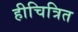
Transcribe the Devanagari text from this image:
हीचित्रित